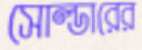
সোল্ডারের